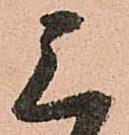
三